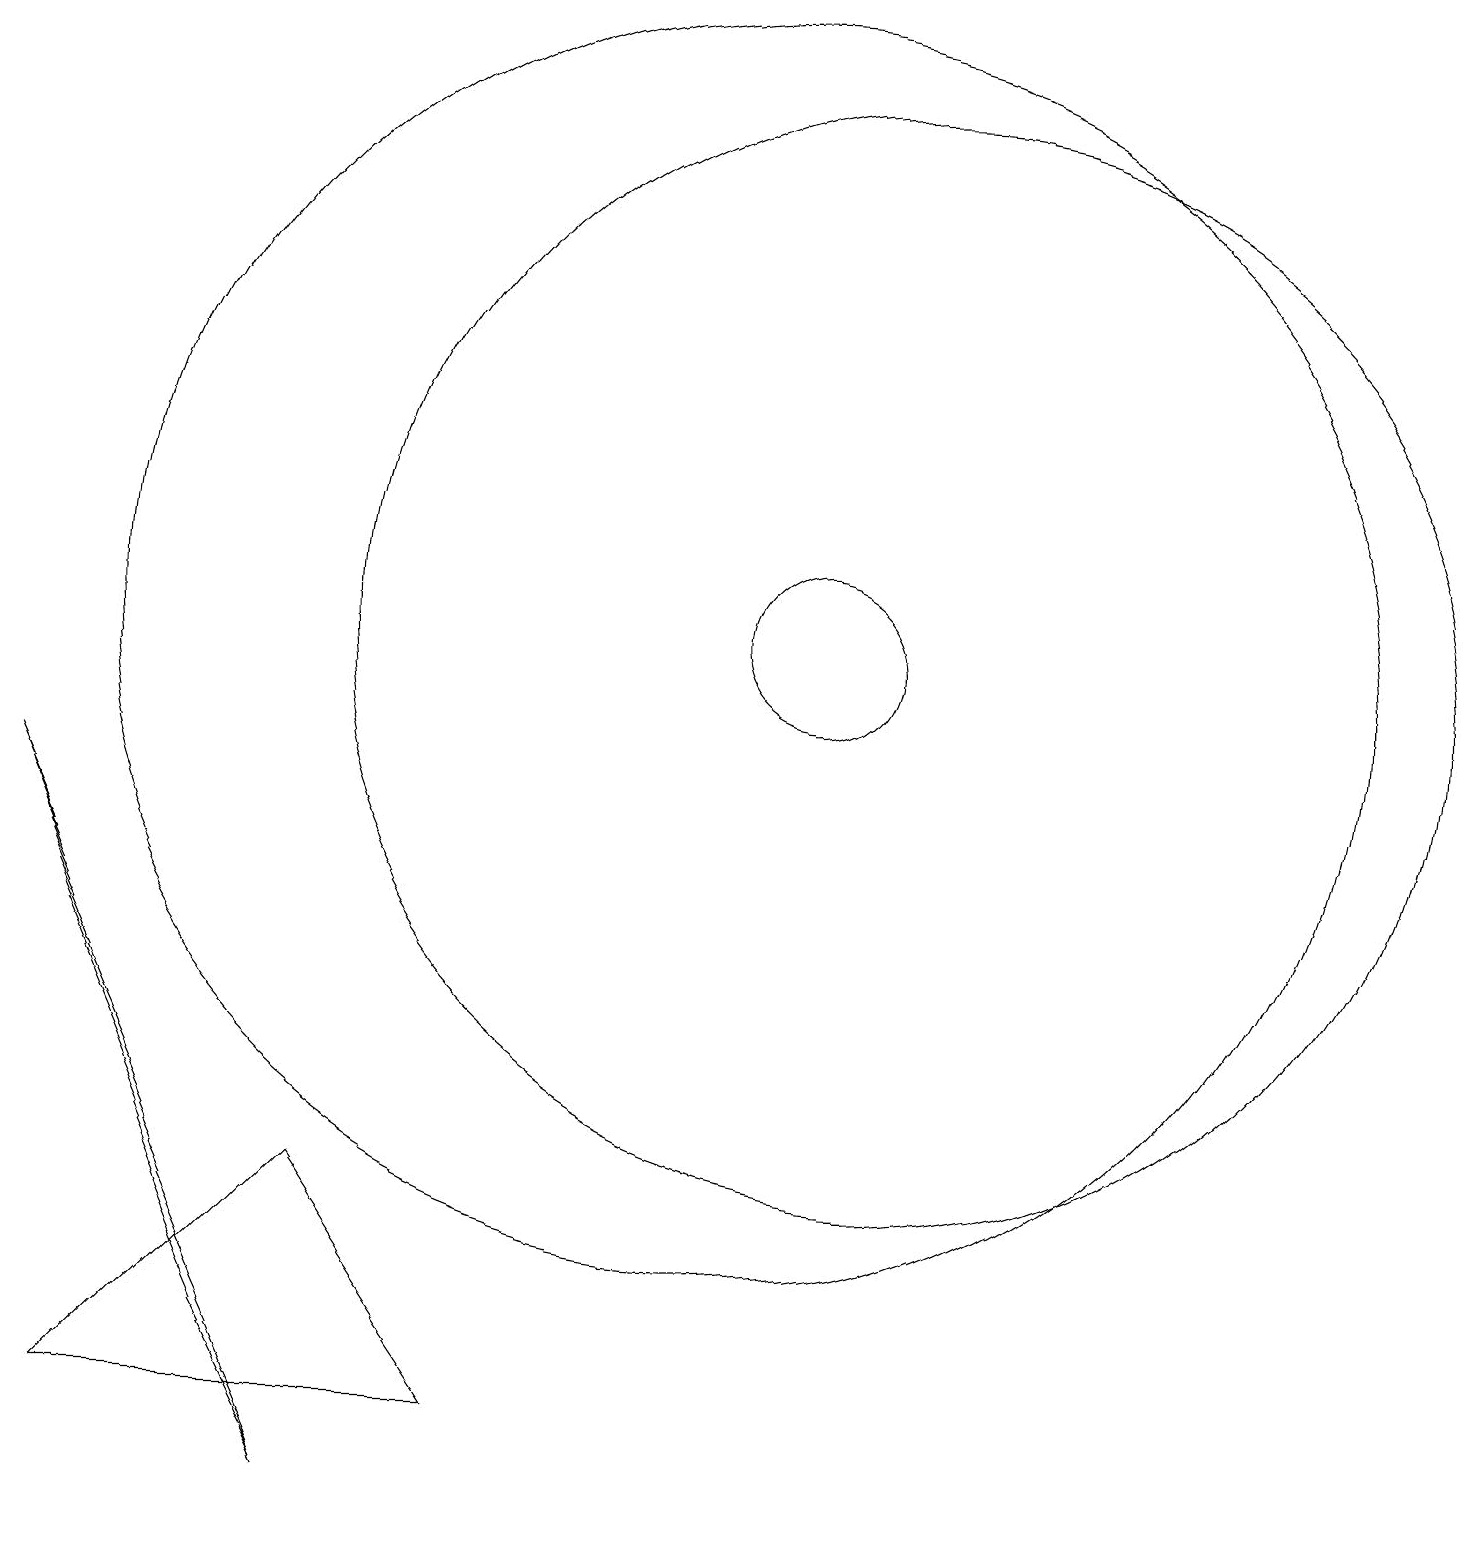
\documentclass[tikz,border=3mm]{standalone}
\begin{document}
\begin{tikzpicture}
\draw (12,11) circle (7);
\draw (4,2) -- (5,0) -- (1,9) -- cycle;
\draw (11,11) circle (1);
\draw (10,11) circle (8);
\draw (5,4) -- (7,1) -- (2,1) -- cycle;
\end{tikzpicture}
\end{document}